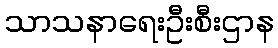
သာသနာရေးဦးစီးဌာန